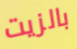
بالزيت